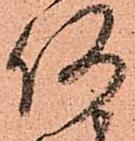
何